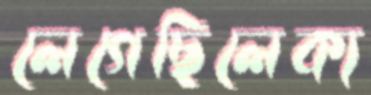
লেগেছিলেক্য